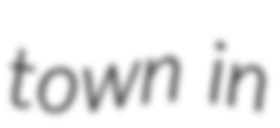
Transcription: town in